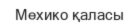
Мехико қаласы